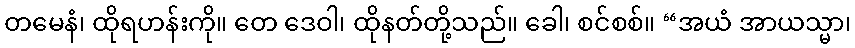
တမေနံ၊ ထိုရဟန်းကို။ တေ ဒေဝါ၊ ထိုနတ်တို့သည်။ ခေါ၊ စင်စစ်။ “အယံ အာယသ္မာ၊